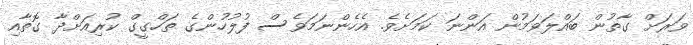
ވަރަށް ގާތުން ބައްލަވަމުން އަންނަ ކަމަށެވެ. އެހެންނަމަވެސް ފުލުހުންގެ ތަހްގީގް ކުރިއަށްދާ ގޮތާއި